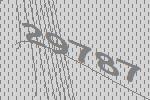
29787